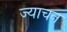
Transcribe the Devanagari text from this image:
ज्याचन